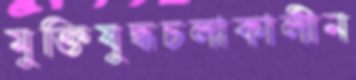
মুক্তিযুদ্ধচলাকালীন